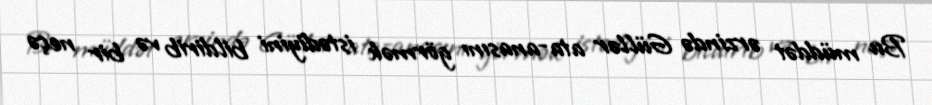
Bu müddət ərzində Güllər ata-anasını görmək istədiyini bildirib və bir neçə